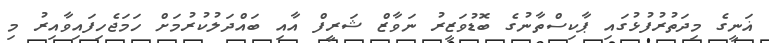
ޣަނީގެ މިދަތުރުފުޅުގައި ޕާކިސްތާނުގެ ބޮޑުވަޒީރު ނަވާޒް ޝަރީފް އާއި ބައްދަލުކުރުމަށް ހަމަޖެހިފައިވާއިރު މި